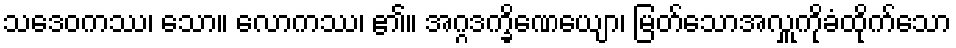
သဒေဝကဿ၊ သော။ လောကဿ၊ ၏။ အဂ္ဂဒက္ခိဏေယျော၊ မြတ်သောအလှူကိုခံထိုက်သော